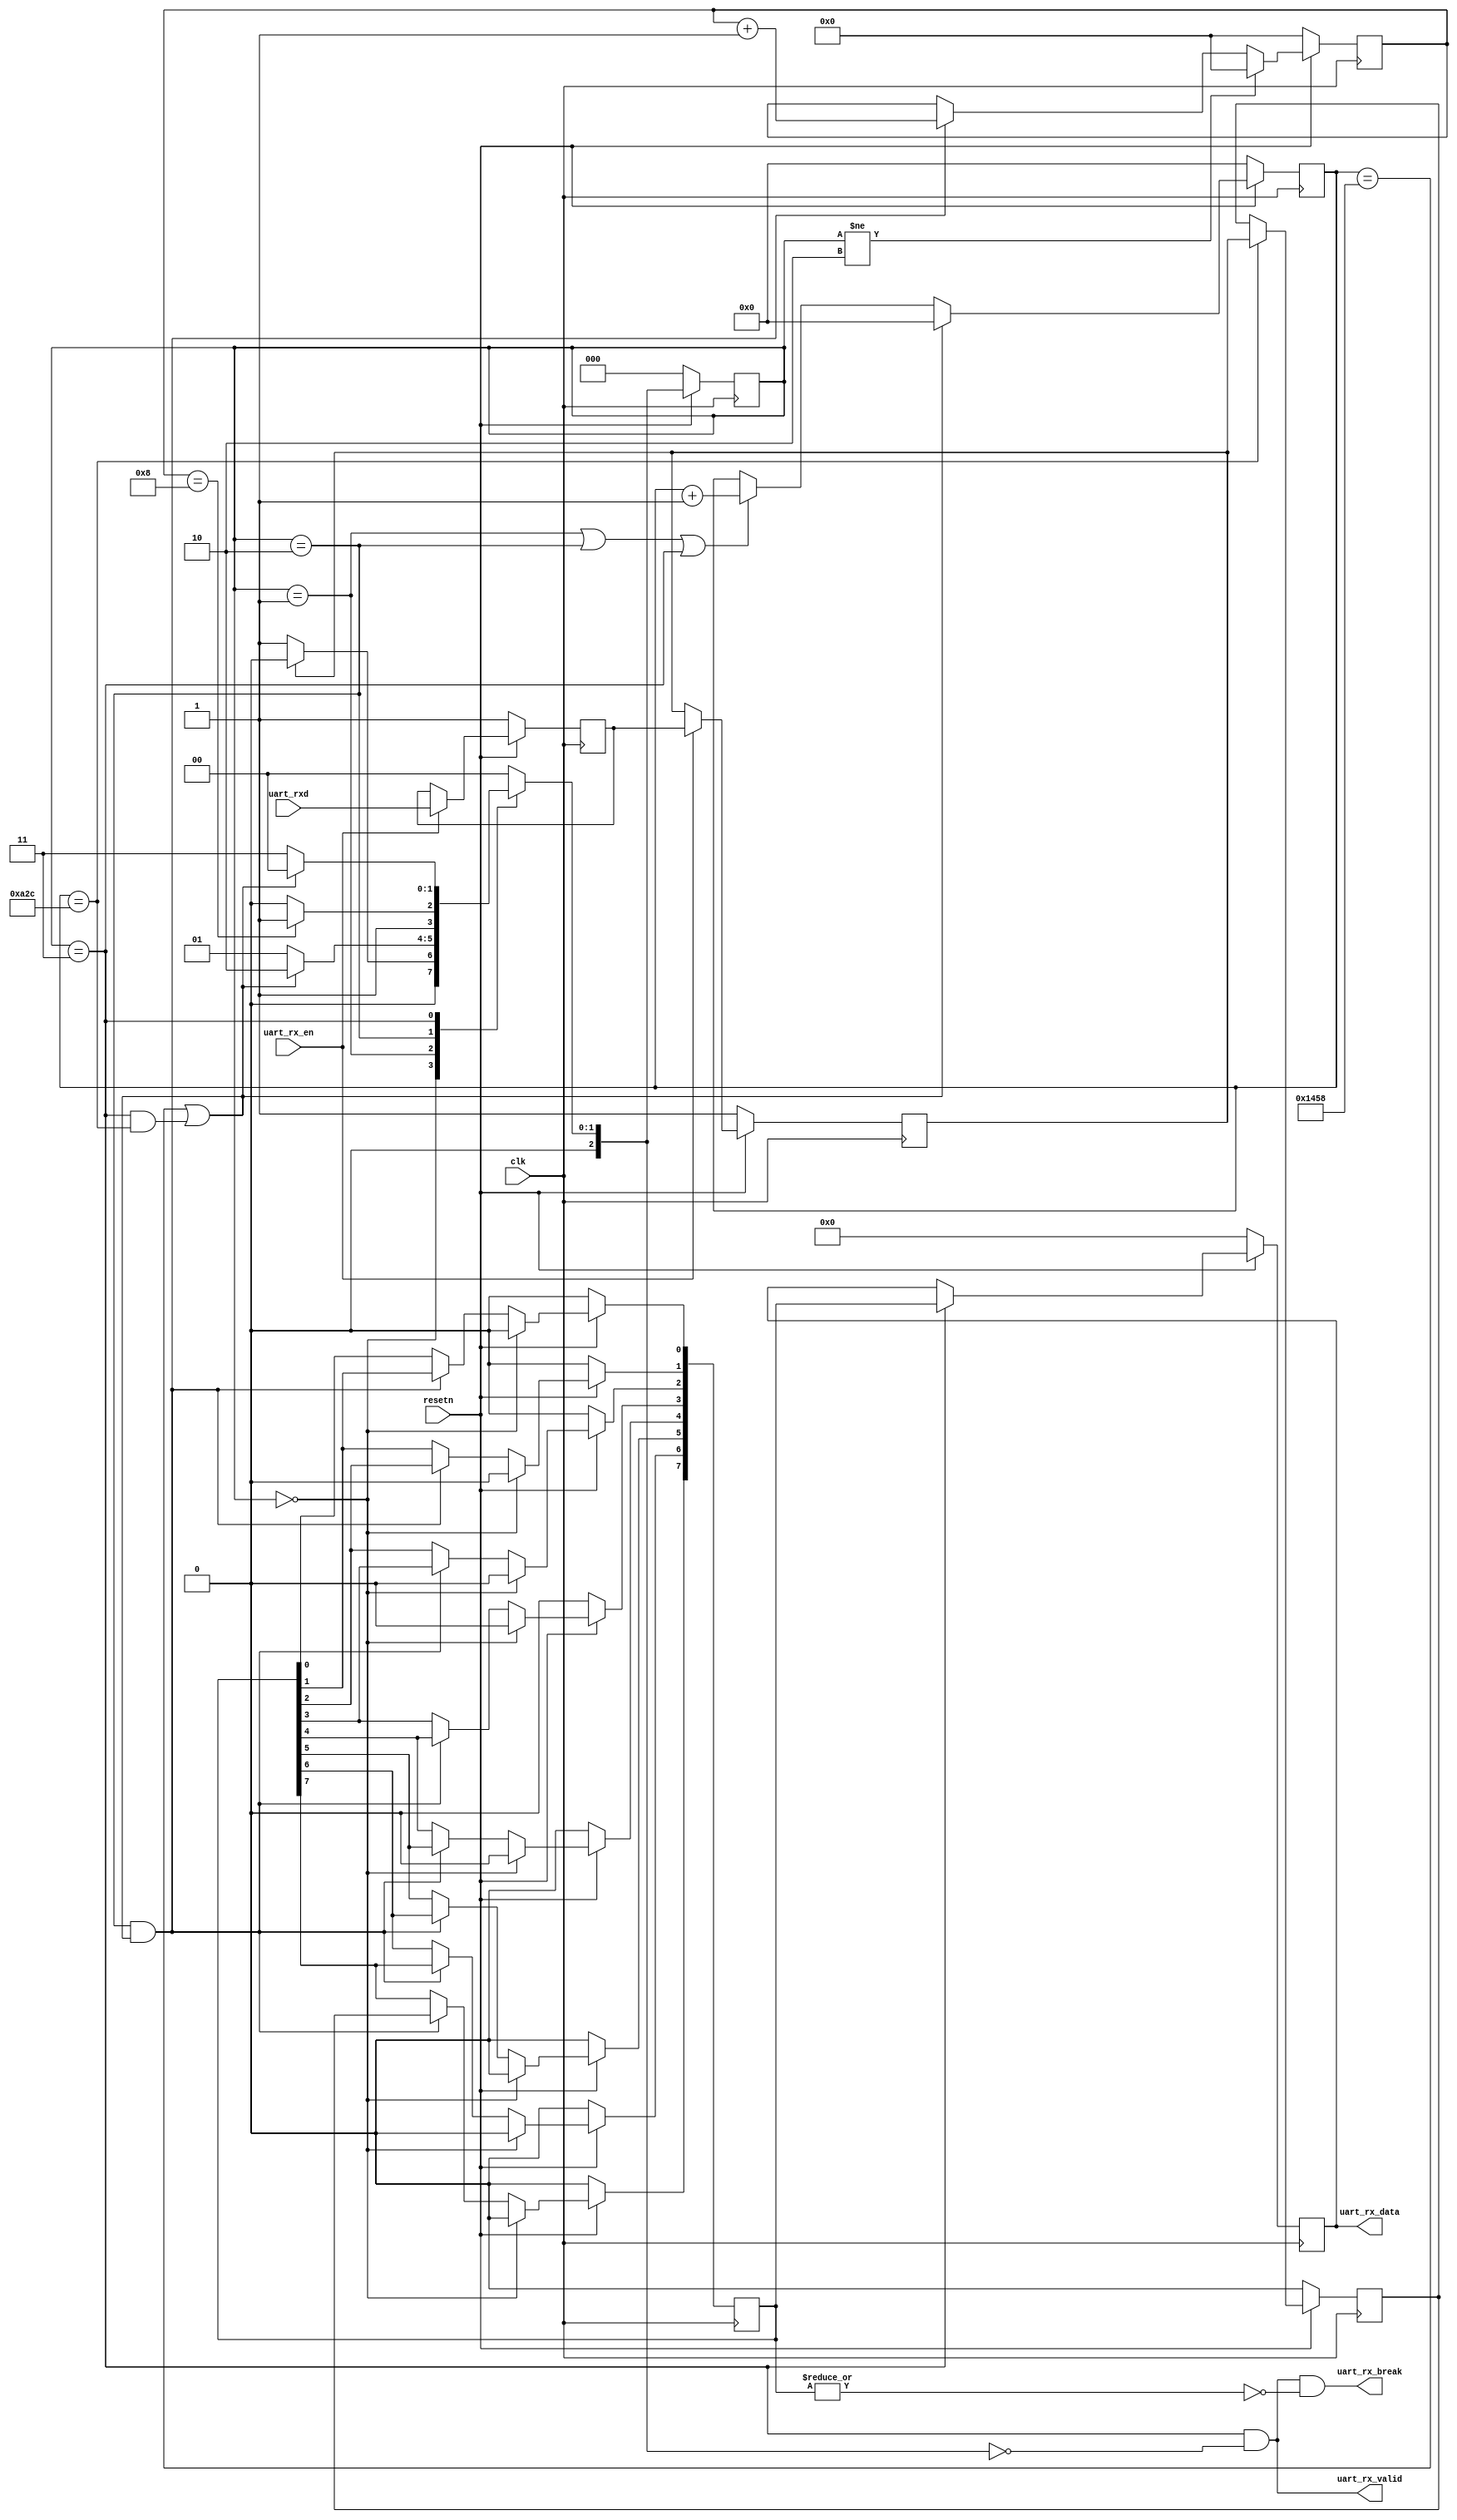
module uart_rx(
input  wire       clk          , 
input  wire       resetn       , 
input  wire       uart_rxd     , 
input  wire       uart_rx_en   , 
output wire       uart_rx_break, 
output wire       uart_rx_valid, 
output reg  [PAYLOAD_BITS-1:0] uart_rx_data   
);

parameter   BIT_RATE        = 9600; 
localparam  BIT_P           = 1_000_000_000 * 1/BIT_RATE; 
parameter   CLK_HZ          =    50_000_000;
localparam  CLK_P           = 1_000_000_000 * 1/CLK_HZ; // nanoseconds
parameter   PAYLOAD_BITS    = 8;
parameter   STOP_BITS       = 1;


localparam       CYCLES_PER_BIT     = BIT_P / CLK_P;

localparam       COUNT_REG_LEN      = 1+$clog2(CYCLES_PER_BIT);

reg rxd_reg;
reg rxd_reg_0;
reg [PAYLOAD_BITS-1:0] recieved_data;
reg [COUNT_REG_LEN-1:0] cycle_counter;
reg [3:0] bit_counter;
reg bit_sample;
reg [2:0] fsm_state;
reg [2:0] n_fsm_state;

localparam FSM_IDLE = 0;
localparam FSM_START= 1;
localparam FSM_RECV = 2;
localparam FSM_STOP = 3;


assign uart_rx_break = uart_rx_valid && ~|recieved_data;
assign uart_rx_valid = fsm_state == FSM_STOP && n_fsm_state == FSM_IDLE;

always @(posedge clk) begin
    if(!resetn) begin
        uart_rx_data  <= {PAYLOAD_BITS{1'b0}};
    end else if (fsm_state == FSM_STOP) begin
        uart_rx_data  <= recieved_data;
    end
end

wire next_bit     = cycle_counter == CYCLES_PER_BIT ||
                        fsm_state       == FSM_STOP && 
                        cycle_counter   == CYCLES_PER_BIT/2;
wire payload_done = bit_counter   == PAYLOAD_BITS  ;

always @(*) begin : p_n_fsm_state
    case(fsm_state)
        FSM_IDLE : n_fsm_state = rxd_reg      ? FSM_IDLE : FSM_START;
        FSM_START: n_fsm_state = next_bit     ? FSM_RECV : FSM_START;
        FSM_RECV : n_fsm_state = payload_done ? FSM_STOP : FSM_RECV ;
        FSM_STOP : n_fsm_state = next_bit     ? FSM_IDLE : FSM_STOP ;
        default  : n_fsm_state = FSM_IDLE;
    endcase
end

integer i = 0;
always @(posedge clk) begin : p_recieved_data
    if(!resetn) begin
        recieved_data <= {PAYLOAD_BITS{1'b0}};
    end else if(fsm_state == FSM_IDLE             ) begin
        recieved_data <= {PAYLOAD_BITS{1'b0}};
    end else if(fsm_state == FSM_RECV && next_bit ) begin
        recieved_data[PAYLOAD_BITS-1] <= bit_sample;
        for ( i = PAYLOAD_BITS-2; i >= 0; i = i - 1) begin
            recieved_data[i] <= recieved_data[i+1];
        end
    end
end

always @(posedge clk) begin : p_bit_counter
    if(!resetn) begin
        bit_counter <= 4'b0;
    end else if(fsm_state != FSM_RECV) begin
        bit_counter <= {COUNT_REG_LEN{1'b0}};
    end else if(fsm_state == FSM_RECV && next_bit) begin
        bit_counter <= bit_counter + 1'b1;
    end
end

always @(posedge clk) begin : p_bit_sample
    if(!resetn) begin
        bit_sample <= 1'b0;
    end else if (cycle_counter == CYCLES_PER_BIT/2) begin
        bit_sample <= rxd_reg;
    end
end

always @(posedge clk) begin : p_cycle_counter
    if(!resetn) begin
        cycle_counter <= {COUNT_REG_LEN{1'b0}};
    end else if(next_bit) begin
        cycle_counter <= {COUNT_REG_LEN{1'b0}};
    end else if(fsm_state == FSM_START || 
                fsm_state == FSM_RECV  || 
                fsm_state == FSM_STOP   ) begin
        cycle_counter <= cycle_counter + 1'b1;
    end
end

always @(posedge clk) begin : p_fsm_state
    if(!resetn) begin
        fsm_state <= FSM_IDLE;
    end else begin
        fsm_state <= n_fsm_state;
    end
end

always @(posedge clk) begin : p_rxd_reg
    if(!resetn) begin
        rxd_reg     <= 1'b1;
        rxd_reg_0   <= 1'b1;
    end else if(uart_rx_en) begin
        rxd_reg     <= rxd_reg_0;
        rxd_reg_0   <= uart_rxd;
    end
end


endmodule